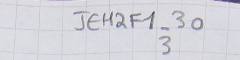
JEH2F1-303